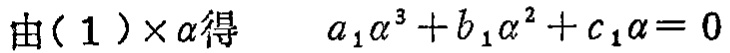
由( 1 )$\times \alpha$得 $\quad a_{1} \alpha^{3}+b_{1} \alpha^{2}+c_{1} \alpha=0$